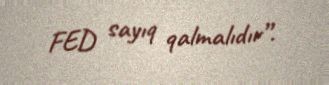
FED sayıq qalmalıdır”.